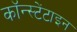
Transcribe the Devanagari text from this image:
कॉन्स्टेंटाइन